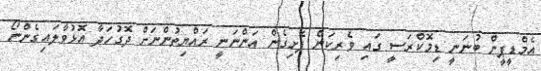
އެމްޑީޕީން ބުނަނީ ޑިމޮކްރަސީ ގައި ވެރިކަން ފެށިގެން އަންނަނީ ރައްޔިތުންނަށް ދޮގުހަދާ އޮޅުވާލައިގެންނޯ